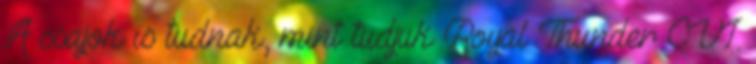
A csajok is tudnak, mint tudjuk Royal Thunder CVI.